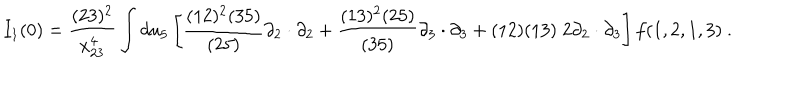
I _ { 1 } ( 0 ) = { \frac { ( 2 3 ) ^ { 2 } } { x _ { 2 3 } ^ { 4 } } } \int d u _ { 5 } \left[ { \frac { ( 1 2 ) ^ { 2 } ( 3 5 ) } { ( 2 5 ) } } \partial _ { 2 } \cdot \partial _ { 2 } + { \frac { ( 1 3 ) ^ { 2 } ( 2 5 ) } { ( 3 5 ) } } \partial _ { 3 } \cdot \partial _ { 3 } + ( 1 2 ) ( 1 3 ) \; 2 \partial _ { 2 } \cdot \partial _ { 3 } \right] f ( 1 , 2 , 1 , 3 ) \ .